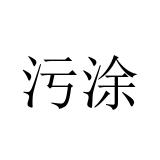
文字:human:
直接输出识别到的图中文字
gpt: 污涂